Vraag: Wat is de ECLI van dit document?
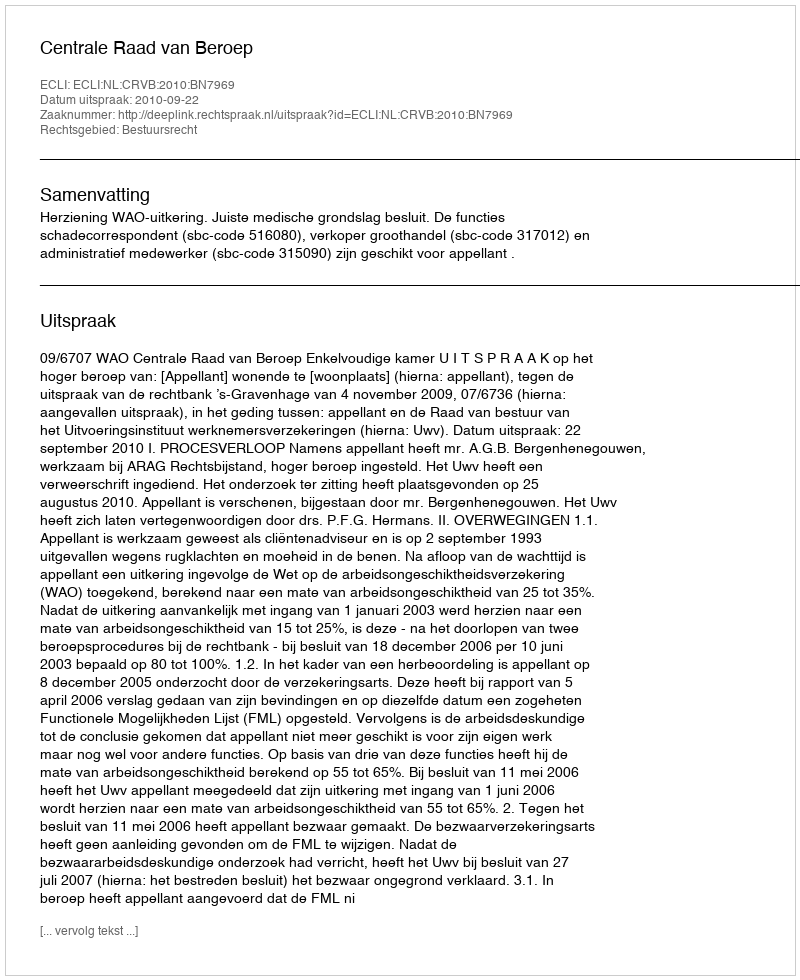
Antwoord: ECLI:NL:CRVB:2010:BN7969